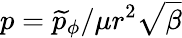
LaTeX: p=\widetilde{p}_{\phi}/\mu r^{2}\sqrt{\beta}